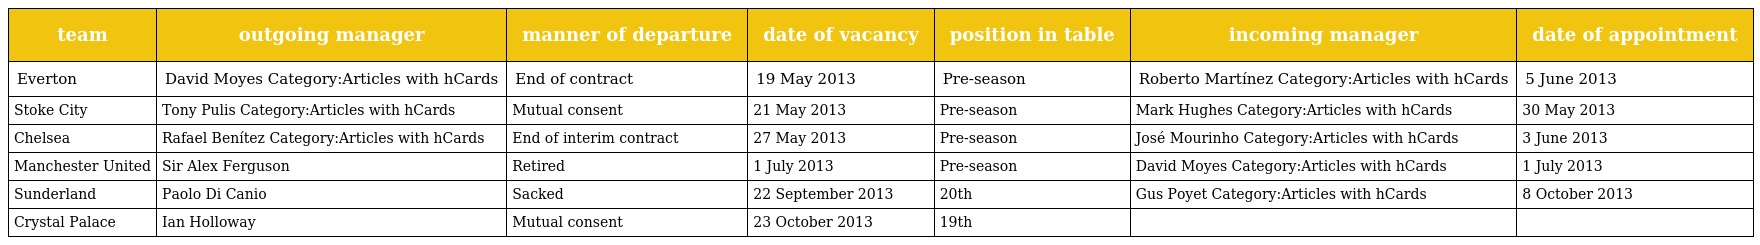
| team | outgoing manager | manner of departure | date of vacancy | position in table | incoming manager | date of appointment |
 | --- | --- | --- | --- | --- | --- | --- |
 | Everton | David Moyes Category:Articles with hCards | End of contract | 19 May 2013 | Pre-season | Roberto Martínez Category:Articles with hCards | 5 June 2013 |
 | Stoke City | Tony Pulis Category:Articles with hCards | Mutual consent | 21 May 2013 | Pre-season | Mark Hughes Category:Articles with hCards | 30 May 2013 |
 | Chelsea | Rafael Benítez Category:Articles with hCards | End of interim contract | 27 May 2013 | Pre-season | José Mourinho Category:Articles with hCards | 3 June 2013 |
 | Manchester United | Sir Alex Ferguson | Retired | 1 July 2013 | Pre-season | David Moyes Category:Articles with hCards | 1 July 2013 |
 | Sunderland | Paolo Di Canio | Sacked | 22 September 2013 | 20th | Gus Poyet Category:Articles with hCards | 8 October 2013 |
 | Crystal Palace | Ian Holloway | Mutual consent | 23 October 2013 | 19th |  |  |